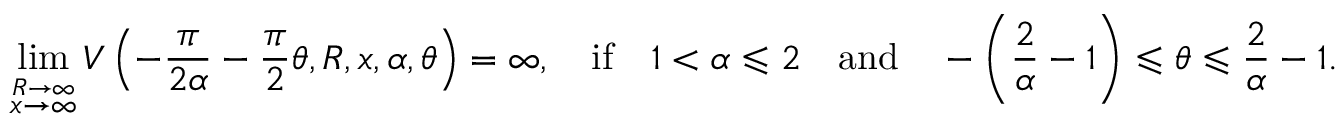
\operatorname* { l i m } _ { \stackrel { R \to \infty } { x \to \infty } } V \left( - \frac { \pi } { 2 \alpha } - \frac { \pi } { 2 } \theta , R , x , \alpha , \theta \right) = \infty , \quad \mathrm { i f } \quad 1 < \alpha \leqslant 2 \quad \mathrm { a n d } \quad - \left( \frac { 2 } { \alpha } - 1 \right) \leqslant \theta \leqslant \frac { 2 } { \alpha } - 1 .